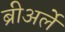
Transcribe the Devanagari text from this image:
ब्रीअर्ले